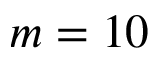
m = 1 0